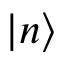
| n \rangle